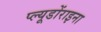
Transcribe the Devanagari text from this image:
प्ल्यूडोंराइना